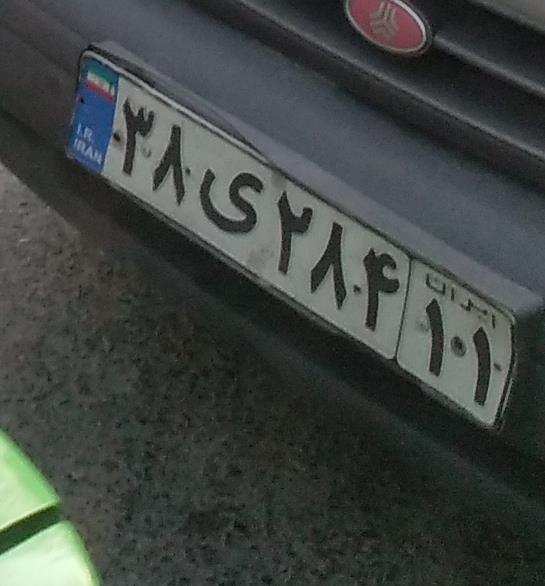
۳۸ی۲۸۴۱۱